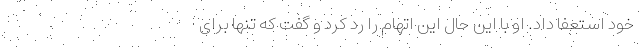
خود استعفا داد. او با این حال این اتهام را رد کرد و گفت که تنها برای